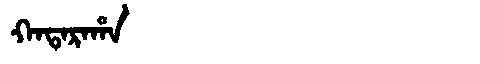
Manchu: ᡴᠠᡨᠠᡵᠠᡥᠠ
Romanization: KATARAHA